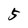
Character: 5